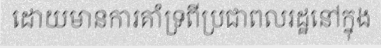
ដោយមានការគាំទ្រពីប្រជាពលរដ្ឋនៅក្នុង